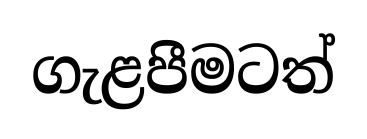
ගැළපීමටත්